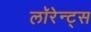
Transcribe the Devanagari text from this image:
लॉरेन्ट्स